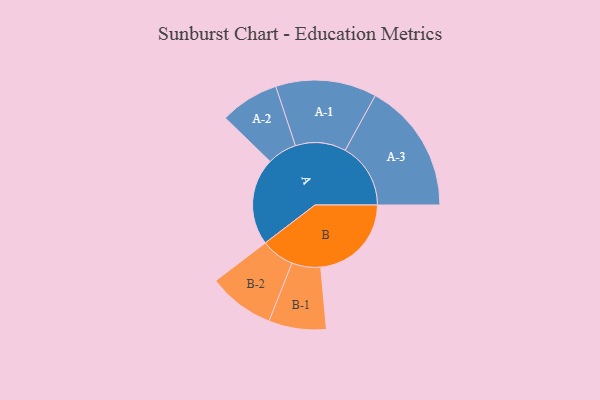
{"axis": {"x": "Segment", "y": "Value"}, "legend": ["", "A", "B"], "data": [{"x": "A", "y": 349, "type": ""}, {"x": "B", "y": 363, "type": ""}, {"x": "A-1", "y": 202, "type": "A"}, {"x": "A-2", "y": 118, "type": "A"}, {"x": "A-3", "y": 262, "type": "A"}, {"x": "B-1", "y": 115, "type": "B"}, {"x": "B-2", "y": 133, "type": "B"}]}